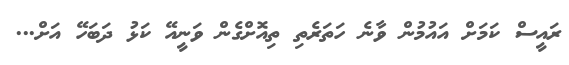
ރައީސް ކަމަށް އައުމުން ވާނެ ހަތަރެތި ތިއޮށްގެން ވަނީއޭ ކަޅު ދަބަހޭ އަށް...